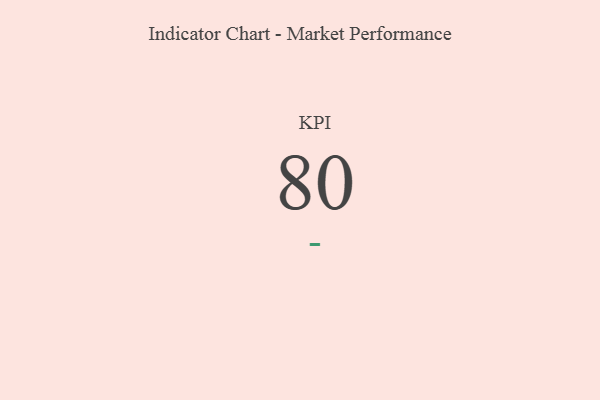
{"axis": {"x": "KPI", "y": "Value"}, "legend": [""], "data": [{"x": "KPI", "y": 80, "type": ""}]}